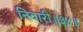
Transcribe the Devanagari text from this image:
निवारी॥३४॥